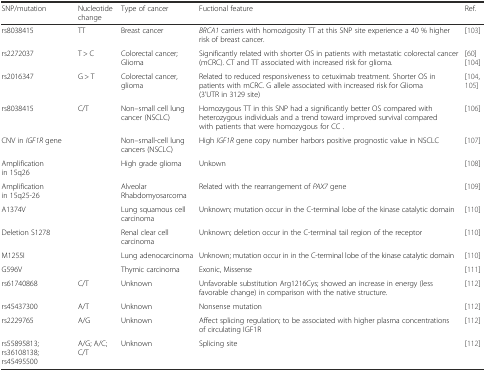
| SNP/mutation | Nucleotide change | Type of cancer | Fuctional feature | Ref. |
 | --- | --- | --- | --- | --- |
 | rs8038415 | TT | Breast cancer | BRCA1 carriers with homozigosity TT at this SNP site experience a 40 % higher risk of breast cancer. | [103] |
 | rs2272037 | T > C | Colorectal cancer;Glioma | Significantly related with shorter OS in patients with metastatic colorectal cancer (mCRC). CT and TT associated with increased risk for glioma. | [60] [104] |
 | rs2016347 | G > T | Colorectal cancer, glioma | Related to reduced responsiveness to cetuximab treatment. Shorter OS in patients with mCRC. G allele associated with increased risk for Glioma (3’UTR in 3129 site) | [104, 105] |
 | rs8038415 | C/T | Non–small cell lung cancer (NSCLC) | Homozygous TT in this SNP had a significantly better OS compared with heterozygous individuals and a trend toward improved survival compared with patients that were homozygous for CC . | [106] |
 | CNV in IGF1R gene |  | Non–small-cell lung cancers (NSCLC) | High IGF1R gene copy number harbors positive prognostic value in NSCLC | [107] |
 | Amplification in 15q26 |  | High grade glioma | Unkown | [108] |
 | Amplification in 15q25-26 |  | Alveolar Rhabdomyosarcoma | Related with the rearrangement of PAX7 gene | [109] |
 | A1374V |  | Lung squamous cell carcinoma | Unknown; mutation occur in the C-terminal lobe of the kinase catalytic domain | [110] |
 | Deletion S1278 |  | Renal clear cell carcinoma | Unknown; deletion occur in the C-terminal tail region of the receptor | [110] |
 | M1255I |  | Lung adenocarcinoma | Unknown; mutation occur in in the C-terminal lobe of the kinase catalytic domain | [110] |
 | G596V |  | Thymic carcinoma | Exonic, Missense | [111] |
 | rs61740868 | C/T | Unknown | Unfavorable substitution Arg1216Cys; showed an increase in energy (less favorable change) in comparison with the native structure. | [112] |
 | rs45437300 | A/T | Unknown | Nonsense mutation | [112] |
 | rs2229765 | A/G | Unknown | Affect splicing regulation; to be associated with higher plasma concentrations of circulating IGF1R | [112] |
 | rs55895813; rs36108138; rs45495500 | A/G; A/C; C/T | Unknown | Splicing site | [112] |